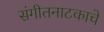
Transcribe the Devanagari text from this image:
संगीतनाटकाचे